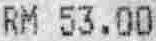
RM 53.00